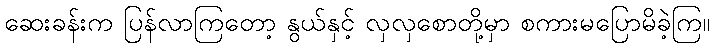
ဆေးခန်းက ပြန်လာကြတော့ နွယ်နှင့် လှလှစောတို့မှာ စကားမပြောမိခဲ့ကြ။